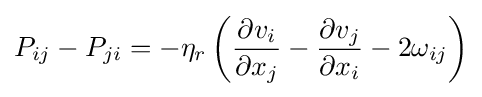
P_{ij}-P_{ji}=-\eta _{r}\left({\frac {\partial v_{i}}{\partial x_{j}}}-{\frac {\partial v_{j}}{\partial x_{i}}}-2\omega _{ij}\right)